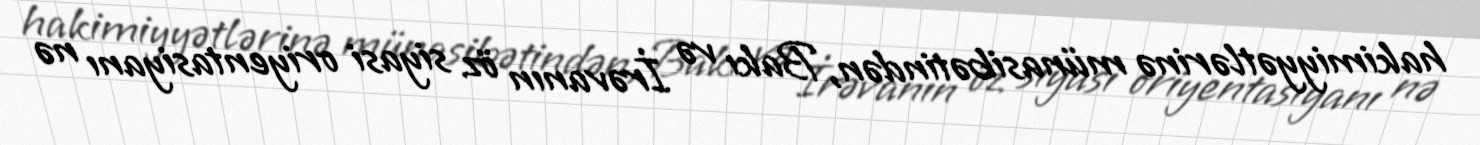
hakimiyyətlərinə münasibətindən, Bakı və İrəvanın öz siyasi oriyentasiyanı nə